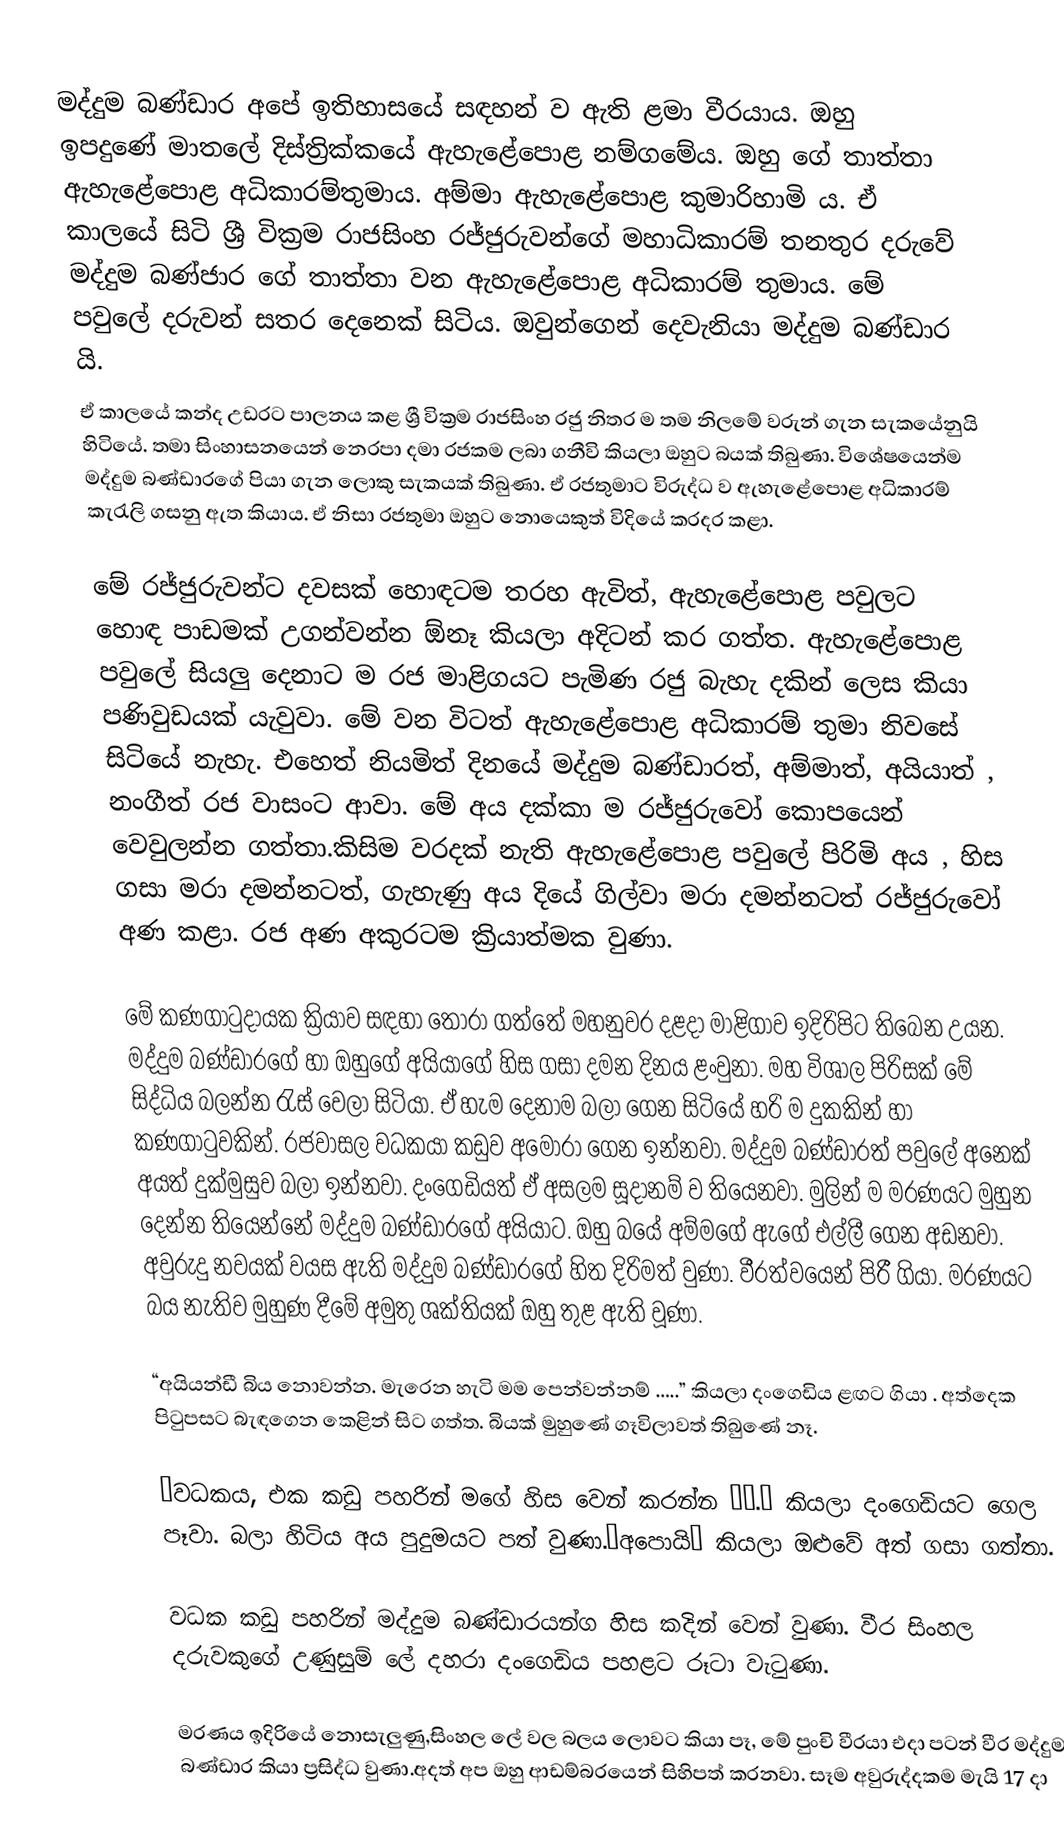
මද්දුම බණ්ඩාර අපේ ඉතිහාසයේ සඳහන් ව ඇති ළමා වීරයාය. ඔහු ඉපදුණේ මාතලේ දිස්ත්‍රික්කයේ ඇහැළේපොළ නම්ගමේය. ඔහු ගේ තාත්තා ඇහැළේපොළ අධිකාරම්තුමාය. අම්මා ඇහැළේපොළ කුමාරිහාමි ය. ඒ කාලයේ සිටි ශ්‍රී වික්‍රම රාජසිංහ රජ්ජුරුවන්ගේ මහාධිකාරම් තනතුර දරුවේ මද්දුම බණ්ජාර ගේ තාත්තා වන ඇහැළේපොළ අධිකාරම් තුමාය. මේ පවුලේ දරුවන් සතර දෙනෙක් සිටිය. ඔවු‍න්ගෙන් දෙවැනියා මද්දුම බණ්ඩාර යි.
ඒ කාලයේ කන්ද උඩරට පාලනය කළ ශ්‍රී වික්‍රම රාජසිංහ රජු නිතර ම තම නිලමේ වරුන් ගැන සැකයේනුයි හිටියේ. තමා සිංහාසනයෙන් නෙරපා දමා රජකම ලබා ගනීවි කියලා ඔහුට බයක් තිබුණා. විශේෂයෙන්ම මද්දුම බණ්ඩාරගේ පියා ගැන ලොකු සැකයක් තිබුණා. ඒ රජතුමාට විරුද්ධ ව ඇහැළේපොළ අධිකාරම්  කැරැලි ගසනු ඇත කියාය. ඒ නිසා රජතුමා ඔහුට නොයෙකුත් විදියේ කරදර කළා.

මේ රජ්ජුරුවන්‍ට දවසක් හොඳටම තරහ ඇවිත්, ඇහැළේපොළ පවුලට හොඳ පාඩමක් උගන්වන්න ඕනෑ කියලා අදිටන් කර ගත්ත. ඇහැළේපොළ පවුලේ සියලු දෙනාට ම රජ මාළිගයට පැමිණ රජු බැහැ දකින් ලෙස කියා පණිවුඩයක් යැවුවා. මේ වන විටත් ඇහැළේපොළ අධිකාරම් තුමා නිවසේ සිටියේ නැහැ. එහෙත් නියමිත් දිනයේ මද්දුම බණ්ඩාරත්, අම්මාත්, අයියාත් , නංගීත් රජ වාසංට ආවා. මේ අය දක්කා ම රජ්ජුරුවෝ කොපයෙන් වෙවුලන්න ගත්තා.කිසිම වරදක් නැති ඇහැළේපොළ පවුලේ පිරිමි අය , හිස ගසා මරා දමන්නටත්, ගැහැණු අය දියේ ගිල්වා මරා දමන්නටත් රජ්ජුරුවෝ අණ කළා. රජ අණ අකුරටම ක්‍රියාත්මක වුණා.

මේ කණගාටුදායක ක්‍රියාව සඳහා තෝරා ගත්තේ මහනුවර දළදා මාළිගාව ඉදිරිපිට තිබෙන උයන. මද්දුම බණ්ඩා‍රගේ හා ඔහුගේ අයියාගේ හිස ගසා දමන දිනය ළංවුනා. මහ විශාල පිරිසක් මේ සිද්ධිය බලන්න රැස් වෙලා සිටියා. ඒ හැම දෙනාම බලා ගෙන සිටියේ හරි ම දුකකින් හා කණගාටුවකින්. රජවාසල වධකයා කඩුව අමෝරා‍ ගෙන ඉන්නවා. මද්දුම බණ්ඩාරත් පවුලේ අනෙක් අයත් දුක්මුසුව බලා ඉන්නවා. දංගෙඩියත් ඒ අසලම සූදානම් ව තියෙනවා. මුලින් ම මරණයට මුහුන දෙන්න තියෙන්නේ මද්දුම බණ්ඩාරගේ අයියා‍ට. ඔහු බයේ අම්මගේ ඇගේ එල්ලී ගෙන අඩනවා. අවුරුදු නවයක් වයස ඇති මද්දුම බණ්ඩාරගේ හිත දිරිමත් වුණා. වීරත්වයෙන් පිරී ගියා. මරණයට බය නැතිව මුහුණ දීමේ අමුතු ශක්තියක් ඔහු තුළ ඇති වූණා.

“අයියන්ඩී බිය නොවන්න. මැරෙන හැටි මම පෙන්වන්නම් ‍…..” කියලා දංගෙඩිය ළඟට ගියා . අත්දෙක පිටුපසට බැඳ‍ගෙන කෙළින් සිට ගත්ත. බියක් මුහුණේ ගෑවිලාවත් තිබුණේ නෑ.‍

“වධකය, එක කඩු පහරින් මගේ හිස වෙන් කරන්න …….” කියලා දංගෙඩියට ගෙල පෑවා. බලා හිටිය අය පුදුමයට පත් වුණා.“අපොයි” කියලා ඔළුවේ අත් ගසා ගත්තා.

වධක කඩු පහරින් මද්දුම බණ්ඩාරයන්ග හිස කදින් වෙන් වුණා. වීර සිංහල දරුවකුගේ උණුසුම් ලේ දහරා දංගෙඩිය පහළට රූටා වැටුණා.

මරණය ඉදිරියේ නොසැලුණු,සිංහල ලේ වල බලය ලොවට කියා පෑ, මේ පුංචි වීරයා එදා පටන් වීර මද්දුම බණ්ඩාර කියා ප්‍රසිද්ධ වුණා.අදත් අප ඔහු ආඩම්බරයෙන් සිහිපත් කරනවා. සෑම අවුරුද්දකම මැයි 17 දා